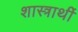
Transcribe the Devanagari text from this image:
शास्त्रार्थी